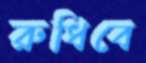
রুধিবে